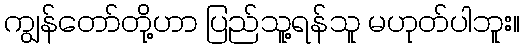
ကျွန်တော်တို့ဟာ ပြည်သူ့ရန်သူ မဟုတ်ပါဘူး။